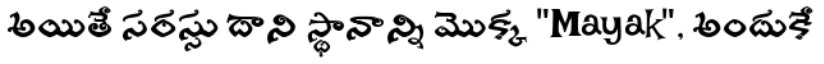
అయితే సరస్సు దాని స్థానాన్ని మొక్క "Mayak", అందుకే